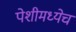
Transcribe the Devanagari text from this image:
पेशीमध्येच